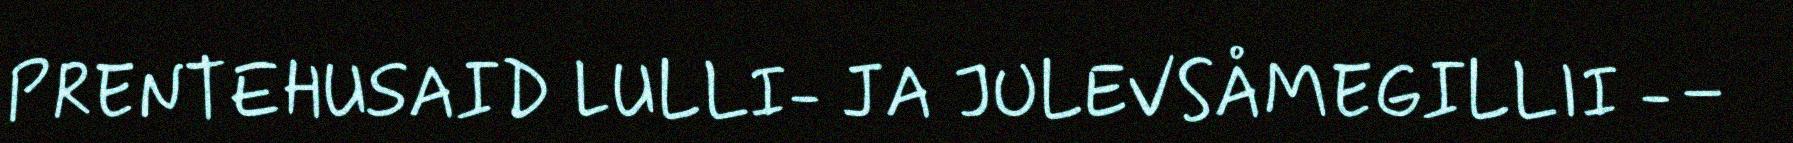
PRENTEHUSAID LULLI- JA JULEVSÅMEGILLII -–